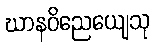
ဃာနဝိညေယျေသု